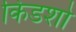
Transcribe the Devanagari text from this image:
किडशो